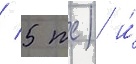
/ 5 тс) и́